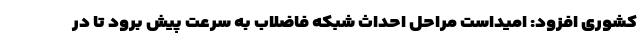
کشوری افزود: امیداست مراحل احداث شبکه فاضلاب به سرعت پیش برود تا در